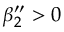
\beta _ { 2 } ^ { \prime \prime } > 0